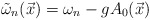
\begin{align*}\tilde{\omega}_{n}(\vec{x}) = \omega_{n} - g A_{0}(\vec{x})\end{align*}